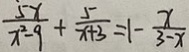
\frac { 5 x } { x ^ { 2 } - 9 } + \frac { 5 } { x + 3 } = 1 - \frac { x } { 3 - x }